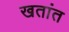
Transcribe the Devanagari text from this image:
खतांत